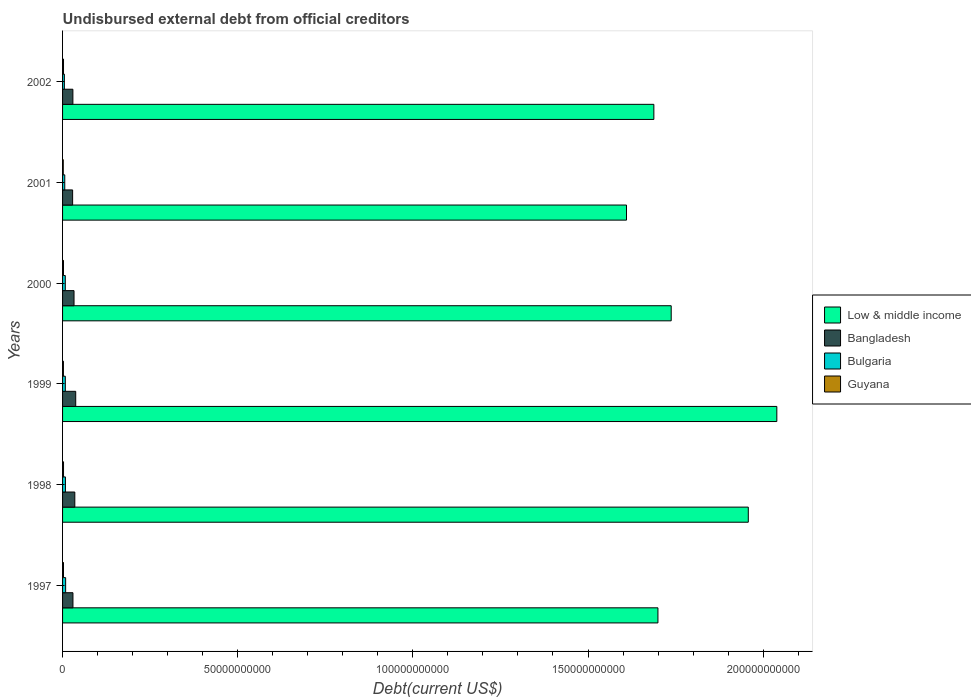
| Years | Low & middle income | Bangladesh | Bulgaria | Guyana |
 | --- | --- | --- | --- | --- |
 | 1997 | 1.7e+11 | 2.97e+09 | 8.8e+08 | 2.68e+08 |
 | 1998 | 1.96e+11 | 3.49e+09 | 8.18e+08 | 2.77e+08 |
 | 1999 | 2.04e+11 | 3.76e+09 | 7.88e+08 | 2.46e+08 |
 | 2000 | 1.74e+11 | 3.27e+09 | 7.8e+08 | 2.62e+08 |
 | 2001 | 1.61e+11 | 2.87e+09 | 6.29e+08 | 2e+08 |
 | 2002 | 1.69e+11 | 2.95e+09 | 5.16e+08 | 2.72e+08 |